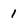
Character: 1